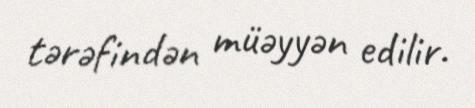
tərəfindən müəyyən edilir.